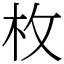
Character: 枚